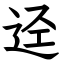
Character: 迳